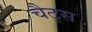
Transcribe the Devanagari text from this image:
चैट्स